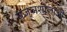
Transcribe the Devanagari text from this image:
यज्ञशालाओं